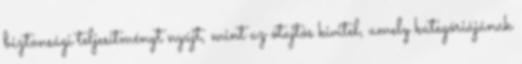
biztonsági teljesítményt nyújt, mint az ötajtós kivitel, amely kategóriájának